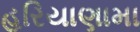
હરિયાણામા